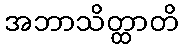
အဘာသိတ္ထာတိ